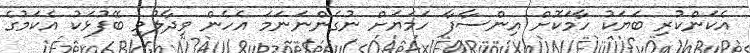
އެކަންކުރި ބަޔަކު ހާމަކޮށް އިންސާފާ ހަމަޔަށް ނުގެންނަނަމަ އެހެން ވިދާލުވި ބޭފުޅަކު އެކަމުގެ